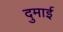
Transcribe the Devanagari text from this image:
दुमाई